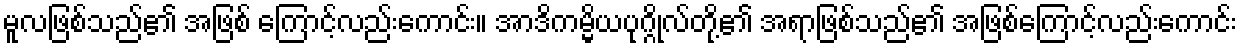
မူလဖြစ်သည်၏ အဖြစ် ကြောင့်လည်းကောင်း။ အာဒိကမ္မိယပုဂ္ဂိုလ်တို့၏ အရာဖြစ်သည်၏ အဖြစ်ကြောင့်လည်းကောင်း